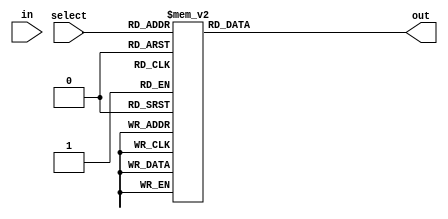
module demultiplexer(
    input wire in,
    input wire[2:0] select,
    output reg[7:0] out
);

always @(*)
begin
    case (select)
        3'b000: out = 8'b00000001;
        3'b001: out = 8'b00000010;
        3'b010: out = 8'b00000100;
        3'b011: out = 8'b00001000;
        3'b100: out = 8'b00010000;
        3'b101: out = 8'b00100000;
        3'b110: out = 8'b01000000;
        3'b111: out = 8'b10000000;
    endcase
end

endmodule